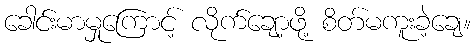
ခေါင်းမာမှုကြောင့် လိုက်ချော့ဖို့ စိတ်မကူးခဲ့ချေ။